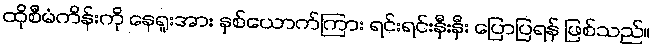
ထိုစီမံကိန်းကို နေရူးအား နှစ်ယောက်ကြား ရင်းရင်းနှီးနှီး ပြောပြရန် ဖြစ်သည်။